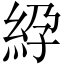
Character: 𥿱